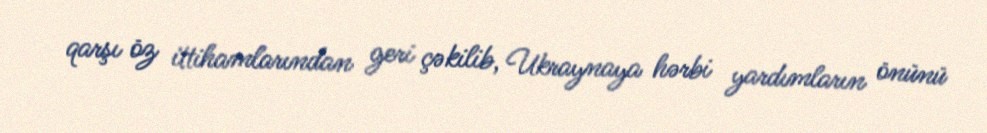
qarşı öz ittihamlarından geri çəkilib, Ukraynaya hərbi yardımların önünü